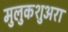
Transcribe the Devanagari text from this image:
मुलुकशुअरा